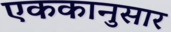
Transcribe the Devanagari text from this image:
एककानुसार